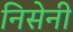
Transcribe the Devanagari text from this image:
निसेनी